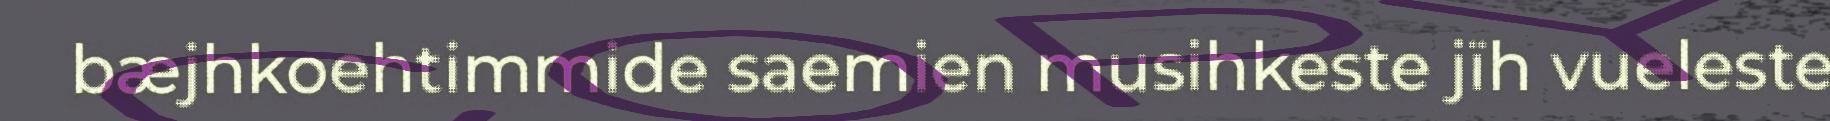
bæjhkoehtimmide saemien musihkeste jïh vueleste